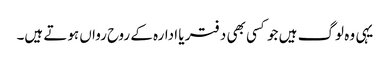
یہی وہ لوگ ہیں جو کسی بھی دفتر یا ادارہ کے روح رواں ہوتے ہیں۔